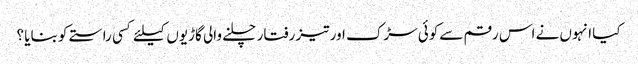
کیا انہوں نے اس رقم سےکوئی سڑک اور تیز رفتار چلنے والی گاڑیوں کیلئے کسی راستے کو بنایا ؟